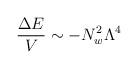
LaTeX: \begin{align*}\frac{\Delta E}{V}\sim -N_{w}^{2}\Lambda ^{4}\end{align*}